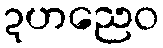
ဍဟညေဝ